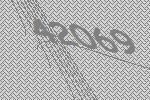
42069